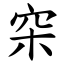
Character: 穼